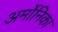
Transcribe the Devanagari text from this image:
अर्मोनिका